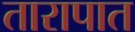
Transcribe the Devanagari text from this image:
तारापात